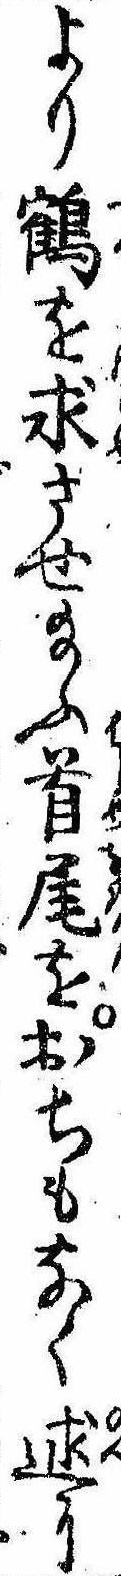
より鶴を求させ給ふ首尾をおちもなく述に